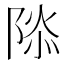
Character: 𮥑